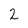
Character: 2